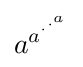
{a^{a^{\cdot ^{\cdot ^{a}}}}}